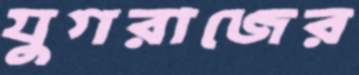
যুগরাজের